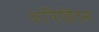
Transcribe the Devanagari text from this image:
अपिहितम